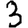
Digit: 3